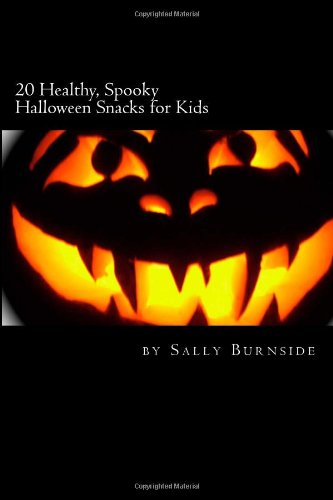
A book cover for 20 Healthy, Spooky Halloween Snacks for Kids; Sally Burnside; Cookbooks, Food & Wine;